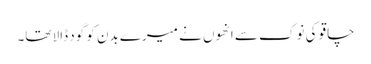
چاقو کی نوک سے انھوں نے میرے بدن کو گود ڈالا تھا۔